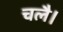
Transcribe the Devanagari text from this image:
चलै।